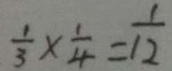
\frac { 1 } { 3 } \times \frac { 1 } { 4 } = \frac { 1 } { 1 2 }